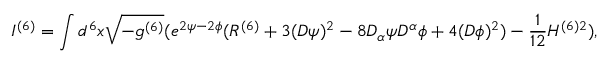
I ^ { ( 6 ) } = \int d ^ { 6 } x \sqrt { - g ^ { ( 6 ) } } ( e ^ { 2 \psi - 2 \phi } ( R ^ { ( 6 ) } + 3 ( D \psi ) ^ { 2 } - 8 D _ { \alpha } \psi D ^ { \alpha } \phi + 4 ( D \phi ) ^ { 2 } ) - \frac { 1 } { 1 2 } H ^ { ( 6 ) 2 } ) ,